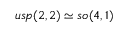
{ \mathfrak { u s p } } ( 2 , 2 ) \simeq { \mathfrak { s o } } ( 4 , 1 )